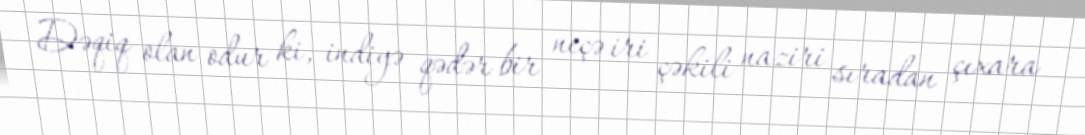
Dəqiq olan odur ki, indiyə qədər bir neçə iri çəkili naziri sıradan çıxara